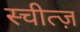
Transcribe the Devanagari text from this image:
स्चीत्ज़